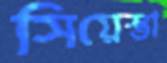
সিয়েস্তা